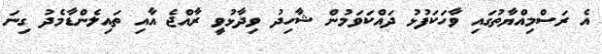
އެ ރަސްމިއްޔާތުގައި ވާހަކަފުޅު ދައްކަވަމުން ޝާހިދު ވިދާޅުވީ ރާއްޖެ އާއި ތައިލެންޑާމެދު ގިނަ